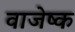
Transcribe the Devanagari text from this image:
वाजेष्क